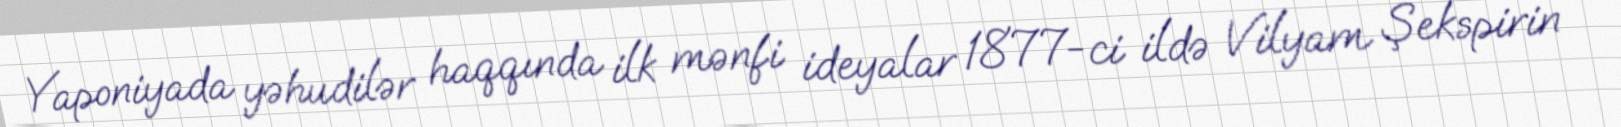
Yaponiyada yəhudilər haqqında ilk mənfi ideyalar 1877-ci ildə Vilyam Şekspirin